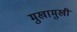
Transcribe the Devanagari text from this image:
मुखामुखी